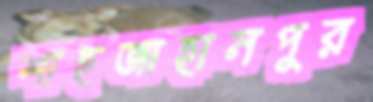
শাহজাহানপুর